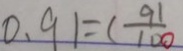
0 . 9 1 = ( \frac { 9 1 } { 1 0 0 }